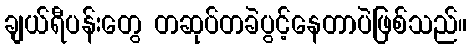
ချယ်ရီပန်းတွေ တဆုပ်တခဲပွင့်နေတာပဲဖြစ်သည်။